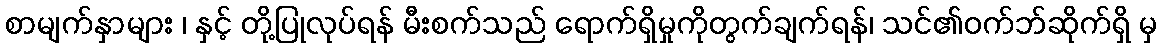
စာမျက်နှာများ ၊ နှင့် တို့ပြုလုပ်ရန် မီးစက်သည် ရောက်ရှိမှုကိုတွက်ချက်ရန်၊ သင်၏ဝက်ဘ်ဆိုက်ရှိ မှ